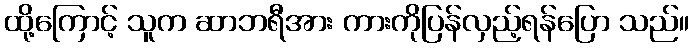
ထို့ကြောင့် သူက ဆာဘရီအား ကားကိုပြန်လှည့်ရန်ပြော သည်။